Annual report on the health of the army in India
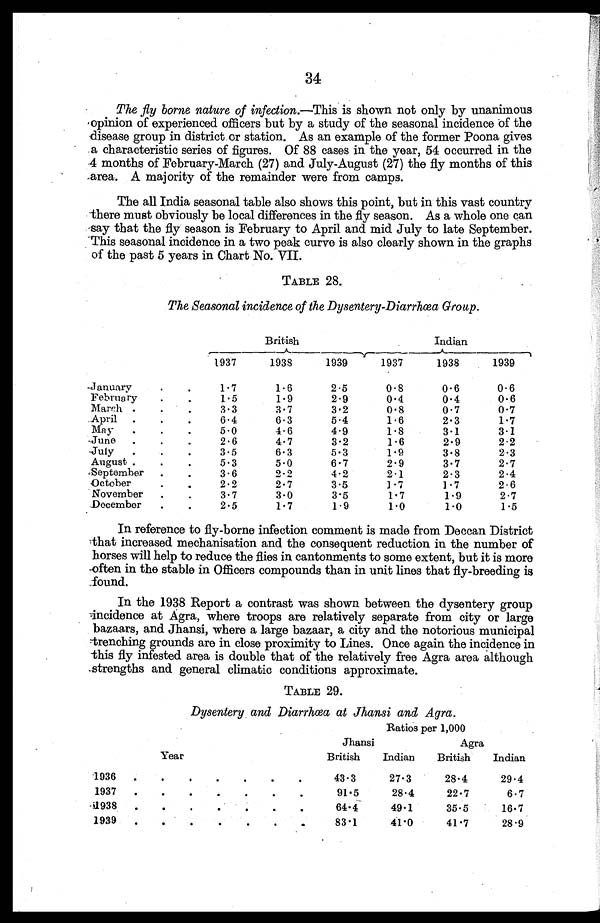
The fly borne nature of infection.— This is shown not only by unanimous
opinion of experienced officers but by a study of the seasonal incidence of the
disease group in district or station. As an example of the former Poona gives
a characteristic series of figures. Of 88 cases in the year, 54 occurred in the
4 months of February-March (27) and July-August (27) the fly months of this
area. A majority of the remainder were from camps.
The all India seasonal table also shows this point, but in this vast country
there must obviously be local differences in the fly season. As a whole one can
say that the fly season is February to April and mid July to late September.
This seasonal incidence in a two peak curve is also clearly shown in the graphs
of the past 5 years in Chart No. VII.
TABLE 28.
The Seasonal incidence of the Dysentery-Diarrhœa Group.
British
Indian
1937
1938
1939
1937
1938
1939
January
.
.
1.7
1.6
2.5
0. 8
0.6
0.6
February
.
.
1.5
1.9
2.9
0. 4
0.4
0.6
March .
.
.
3.3
3.7
3.2
0.8
0.7
0.7
April
.
.
.
6.4
6.3
5.4
1.6
2.3
1.7
May
.
.
.
5.0
4.6
4.9
1.8
3.1
3.1
June
.
.
.
2.6
4.7
3.2
1.6
2.9
2.2
July
.
.
.
3.5
6.3
5.3
1.9
3.8
2.3
August.
.
.
5.3
5.0
6.7
2.9
3.7
2.7
September
.
.
3.6
2.2
4.2
2.1
2.3
2.4
October
.
.
2.2
2 . 7
3.5
1. 7
1 . 7
2.6
November
.
.
3.7
3.0
3.5
1.7
1.9
2.7
December
.
.
2.5
1.7
1.9
1.0
1.0
1.5
In reference to fly-borne infection comment is made from Deccan District
that increased mechanisation and the consequent reduction in the number of
horses will help to reduce the flies in cantonments to some extent, but it is more
often in the stable in Officers compounds than in unit lines that fly-breeding is
found.
In the 1938 Report a contrast was shown between the dysentery group
incidence at Agra, where troops are relatively separate from city or large
bazaars, and Jhansi, where a large bazaar, a city and the notorious municipal
trenching grounds are in close proximity to Lines. Once again the incidence in
this fly infested area is double that of the relatively free Agra area although
strengths and general climatic conditions approximate.
TABLE 29.
Dysentery and Diarrhœa at Jhansi and Agra.
Ratios per 1,000
Jhansi
Agra
Year
British
Indian
British
Indian
1936
.
.
.
.
.
.
. 43.3
27.3
28.4
29.4
1937
.
.
.
.
.
.
.
91.5
28.4
22.7
6.7
1938
.
.
.
.
.
.
.
64.4
49.1
35.5
16.7
1939
.
.
.
.
.
.
. 83.1
41.0
41.7
28.9